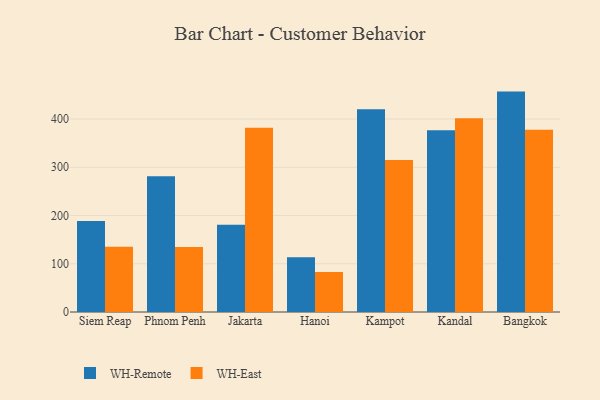
{"axis": {"x": "City", "y": "Production Output"}, "legend": ["WH-East", "WH-Remote"], "data": [{"x": "Siem Reap", "y": 188.7, "type": "WH-Remote"}, {"x": "Siem Reap", "y": 135.2, "type": "WH-East"}, {"x": "Phnom Penh", "y": 281.4, "type": "WH-Remote"}, {"x": "Phnom Penh", "y": 134.6, "type": "WH-East"}, {"x": "Jakarta", "y": 180.7, "type": "WH-Remote"}, {"x": "Jakarta", "y": 382.0, "type": "WH-East"}, {"x": "Hanoi", "y": 113.4, "type": "WH-Remote"}, {"x": "Hanoi", "y": 82.9, "type": "WH-East"}, {"x": "Kampot", "y": 420.3, "type": "WH-Remote"}, {"x": "Kampot", "y": 315.0, "type": "WH-East"}, {"x": "Kandal", "y": 376.7, "type": "WH-Remote"}, {"x": "Kandal", "y": 401.4, "type": "WH-East"}, {"x": "Bangkok", "y": 456.8, "type": "WH-Remote"}, {"x": "Bangkok", "y": 377.5, "type": "WH-East"}]}